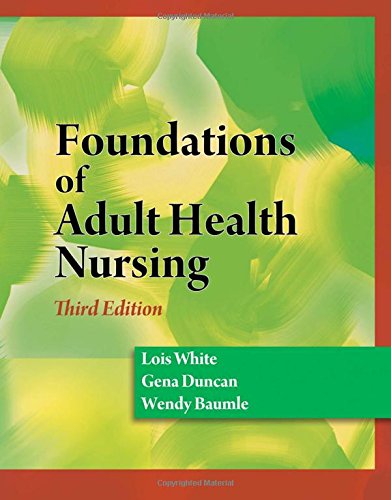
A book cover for Foundations of Adult Health Nursing; Lois White; Medical Books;